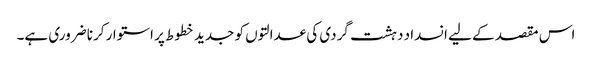
اس مقصد کے لیے انسداد دہشت گردی کی عدالتوں کو جدید خطوط پر استوار کرنا ضروری ہے۔